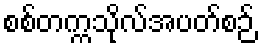
စစ်တက္ကသိုလ်အပတ်စဉ်